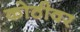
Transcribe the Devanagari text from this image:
कोठीवर